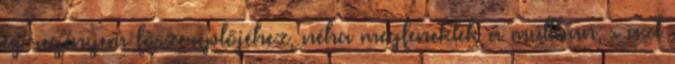
új regényem főszereplőjéhez, néha megfeneklek a múltban, s azt